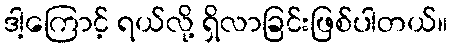
ဒါ့ကြောင့် ရယ်လို့ ရှိလာခြင်းဖြစ်ပါတယ်။